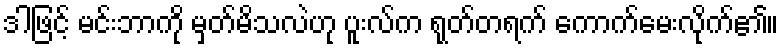
ဒါဖြင့် မင်းဘာကို မှတ်မိသလဲဟု ပူးလ်က ရုတ်တရက် ကောက်မေးလိုက်၏။